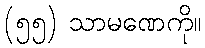
(၅၅) သာမဏေကို။